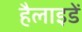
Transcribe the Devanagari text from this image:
हैलाइडें